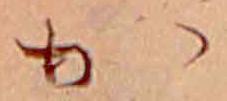
か